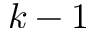
k - 1